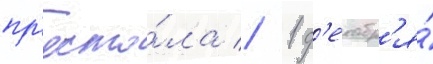
пр'есто́ла // 1 д'екабр'я́